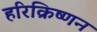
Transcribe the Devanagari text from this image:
हरिक्रिष्णन